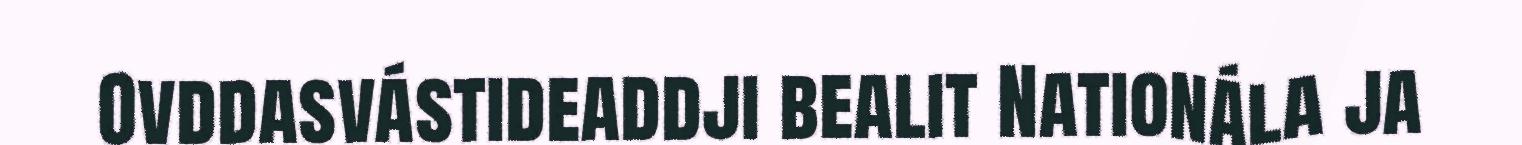
Ovddasvástideaddji bealit Nationála ja